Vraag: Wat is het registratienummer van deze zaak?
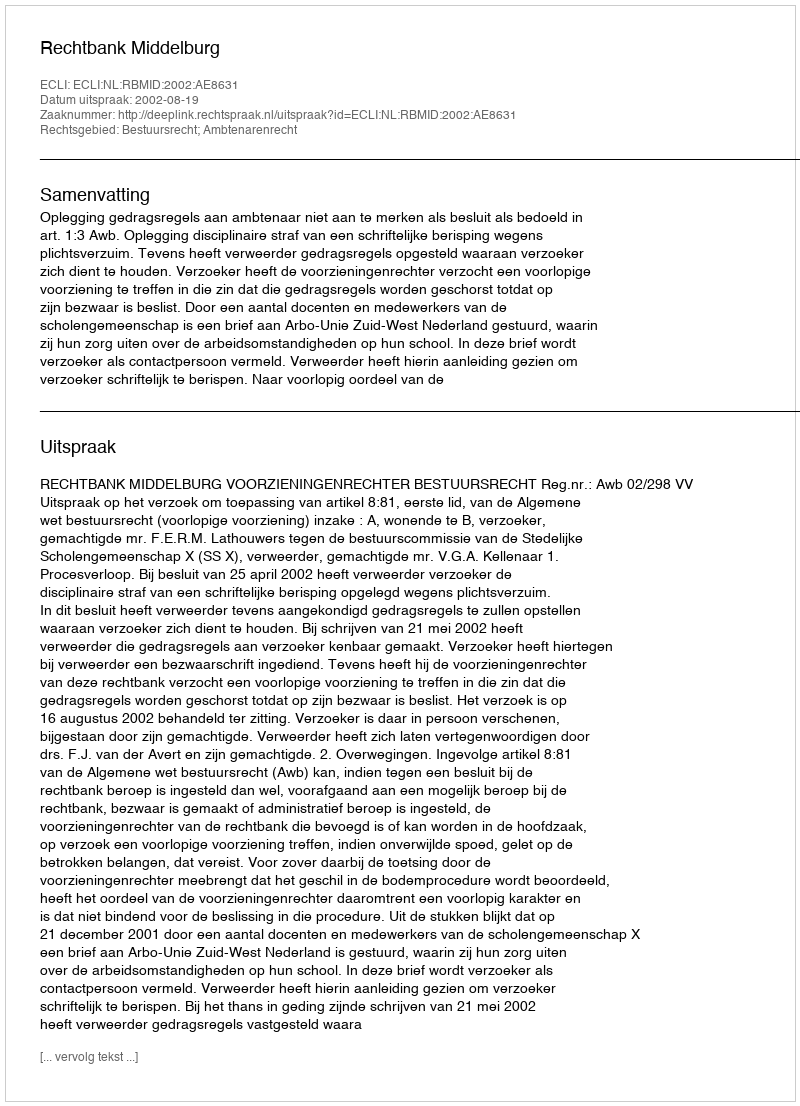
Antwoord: http://deeplink.rechtspraak.nl/uitspraak?id=ECLI:NL:RBMID:2002:AE8631